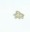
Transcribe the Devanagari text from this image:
उद्धिष्ठ